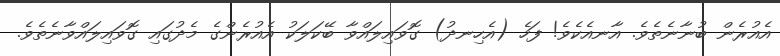
އެއުރެން ބުނާނެތެވެ. އާނއެކެވެ! ފަހެ (އެހިނދު) ގޮވައިލައްވާ ބޭކަލަކު އެއުރެންގެ މެދުގައި ގޮވައިލައްވާނެތެވެ.